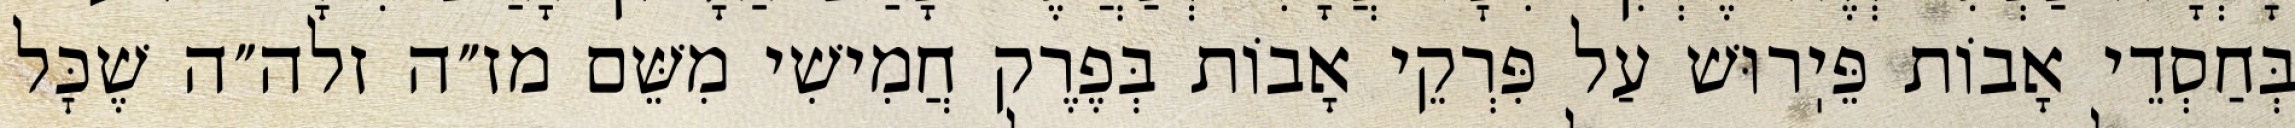
בְּחַסְדֵי אָבוֹת פֵּיֽרוּשׁ עַל פִּרְקֵי אָבוֹת בְּפֶרֶק חֲמִישִׁי מִשֵּׁם מז״ה זלה״ה שֶׁכׇּל